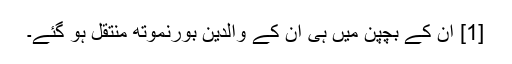
[1] ان کے بچپن میں ہی ان کے والدین بورنموتھ منتقل ہو گئے۔